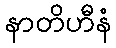
နာတိဟီနံ